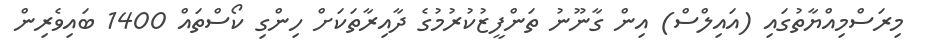
މިރަސްމިއްޔާތުގައި (އައިލްސް) އިން ގާނޫނު ތަންފީޒުކުރުމުގެ ދާއިރާތަކަށް ހިންގި ކޯސްތައް 1400 ބައިވެރިން